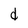
Character: d